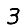
Digit: 3